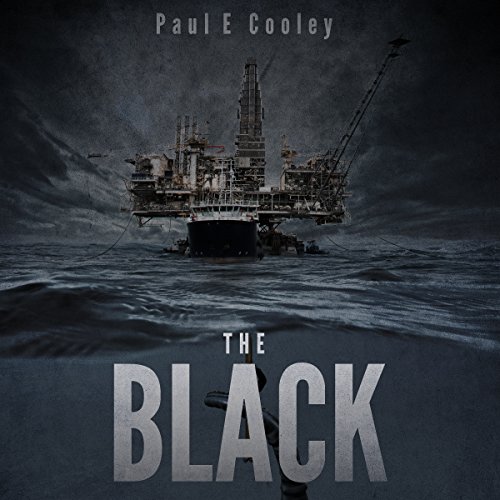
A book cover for The Black: A Deep Sea Thriller; Paul E. Cooley; Literature & Fiction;